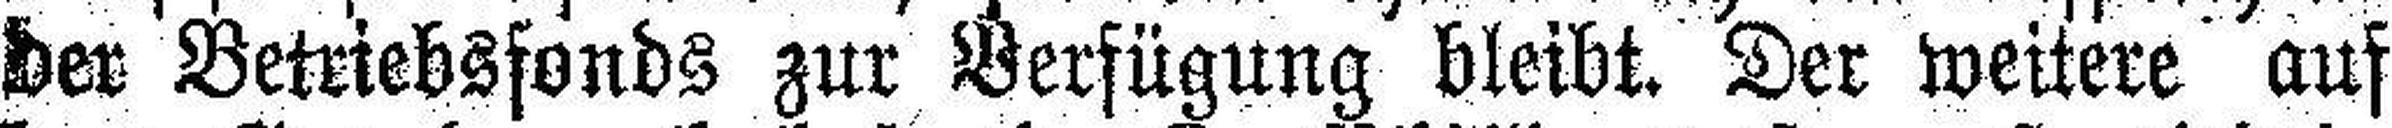
der Betriebsfonds zur Verfügung bleibt. Der weitere auf